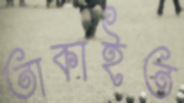
তাকাইত